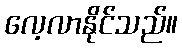
လေ့လာနိုင်သည်။